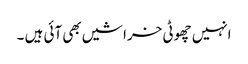
انہیں چھوٹی خراشیں بھی آئی ہیں ۔